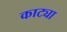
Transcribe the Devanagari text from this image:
काट्या